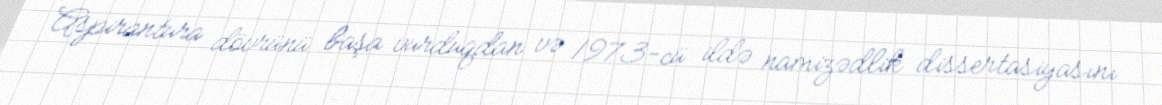
Aspirantura dövrünü başa vurduqdan və 1973-cü ildə namizədlik dissertasiyasını